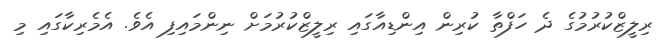
ރިލީޒްކުރުމުގެ ދެ ހަފްތާ ކުރިން އިންޑިއާގައި ރިލީޒްކުރުމަށް ނިންމައިިފި އެވެ. އެމެރިކާގައި މި